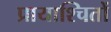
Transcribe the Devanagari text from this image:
प्रायाश्चितों